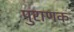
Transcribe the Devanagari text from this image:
पुराणक